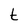
Character: t